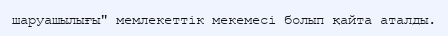
шаруашылығы" мемлекеттік мекемесі болып қайта аталды.